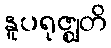
နူပရုဇ္ဈတိ